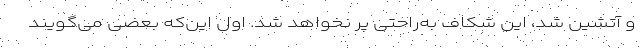
و آتشین شد، این شکاف به‌راحتی پر نخواهد شد. اول این‌که بعضی می‌گویند